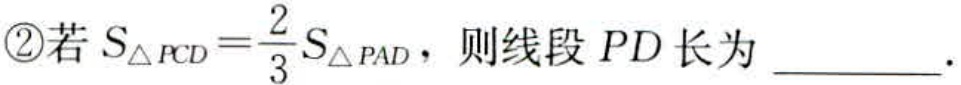
\textcircled{2}若$S_{\triangle PCD}=\frac{2}{3}S_{\triangle PAD}$，则线段$PD$长为 __________.